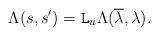
LaTeX: \begin{align*} \Lambda(s,s') = \mathtt{L}_u \Lambda(\overline{\lambda},\lambda). \end{align*}